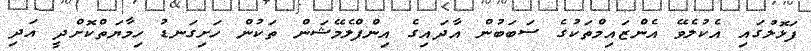
ފަޅޮލުގައި އެކުލެވޭ އެންޒައިމްތަކުގެ ސަބަބުން އާދައިގެ އިންފްލެމޭޝަން ތަކުން ހަށިގަނޑު ހިމާޔަތްކޮށްދީ އަދި